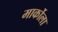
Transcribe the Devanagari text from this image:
मार्कोला